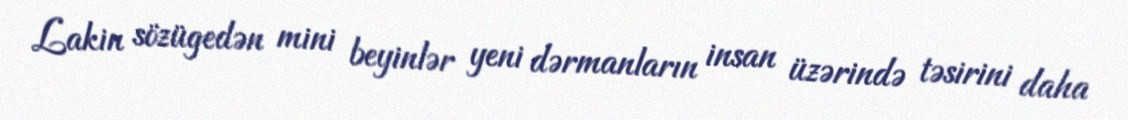
Lakin sözügedən mini beyinlər yeni dərmanların insan üzərində təsirini daha